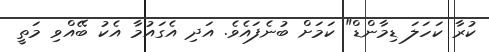
ކުރާ ކަހަލަ ޑިމާންޑް" ކަމަށް ބުނެފައެވެ. އަދި އެގައުމާ އެކު ބޭއްވި މަތީ